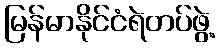
မြန်မာနိုင်ငံရဲတပ်ဖွဲ့